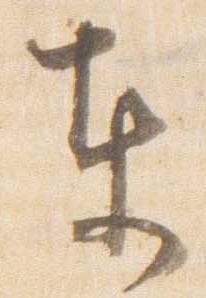
東